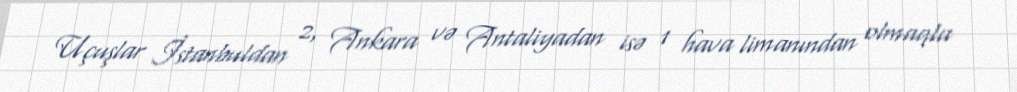
Uçuşlar İstanbuldan 2, Ankara və Antaliyadan isə 1 hava limanından olmaqla